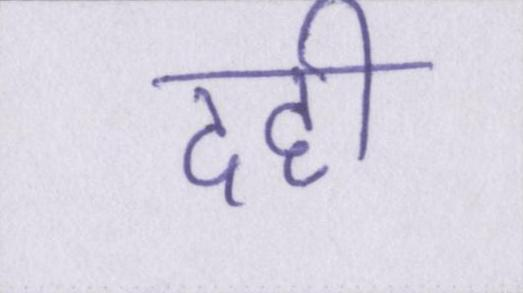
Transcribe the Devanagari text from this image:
दही